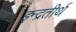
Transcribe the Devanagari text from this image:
इन्द्रतीर्थ